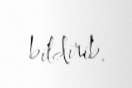
bildirib.